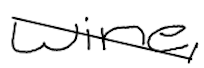
Text: wine,
Cross-out: diagonal
Writing tool: digital_black